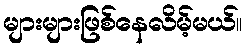
များများဖြစ်နေလိမ့်မယ်။